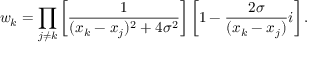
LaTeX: w _ { k } = \prod _ { j \neq k } \left[ { \frac { 1 } { ( x _ { k } - x _ { j } ) ^ { 2 } + 4 \sigma ^ { 2 } } } \right] \left[ 1 - { \frac { 2 \sigma } { ( x _ { k } - x _ { j } ) } } i \right] .